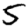
Digit: 5